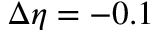
\Delta \eta = - 0 . 1